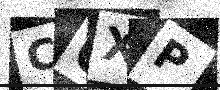
Text: C0XP